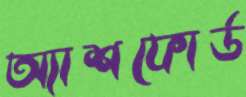
অ্যাশফোর্ড